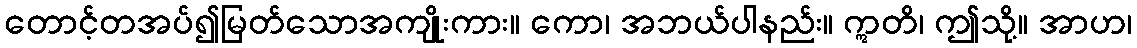
တောင့်တအပ်၍မြတ်သောအကျိုးကား။ ကော၊ အဘယ်ပါနည်း။ ဣတိ၊ ဤသို့။ အာဟ၊